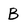
Character: B